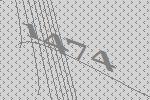
1474